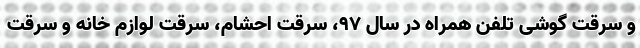
و سرقت گوشی تلفن همراه در سال ۹۷، سرقت احشام، سرقت لوازم خانه و سرقت